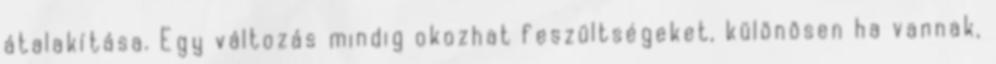
átalakítása. Egy változás mindig okozhat feszültségeket, különösen ha vannak,